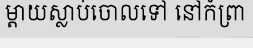
ម្តាយស្លាប់ចោលទៅ នៅកំព្រា